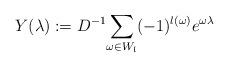
LaTeX: \begin{align*}Y(\lambda):=D^{-1}\displaystyle{\sum_{\omega\in W_\mathfrak{l}}(-1)^{l(\omega)}e^{\omega\lambda}}\end{align*}